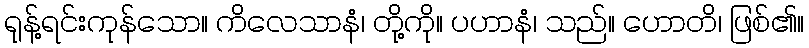
ရုန့်ရင်းကုန်သော။ ကိလေသာနံ၊ တို့ကို။ ပဟာနံ၊ သည်။ ဟောတိ၊ ဖြစ်၏။